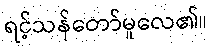
ရင့်သန်တော်မူလေ၏။